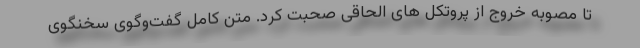
تا مصوبه خروج از پروتکل های الحاقی صحبت کرد. متن کامل گفت‌وگوی سخنگوی